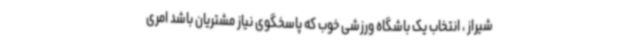
شیراز ، انتخاب یک باشگاه ورزشی خوب که پاسخگوی نیاز مشتریان باشد امری